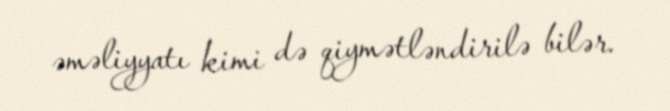
əməliyyatı kimi də qiymətləndirilə bilər.